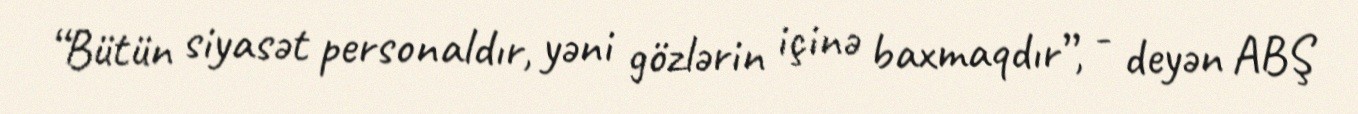
“Bütün siyasət personaldır, yəni gözlərin içinə baxmaqdır”, - deyən ABŞ